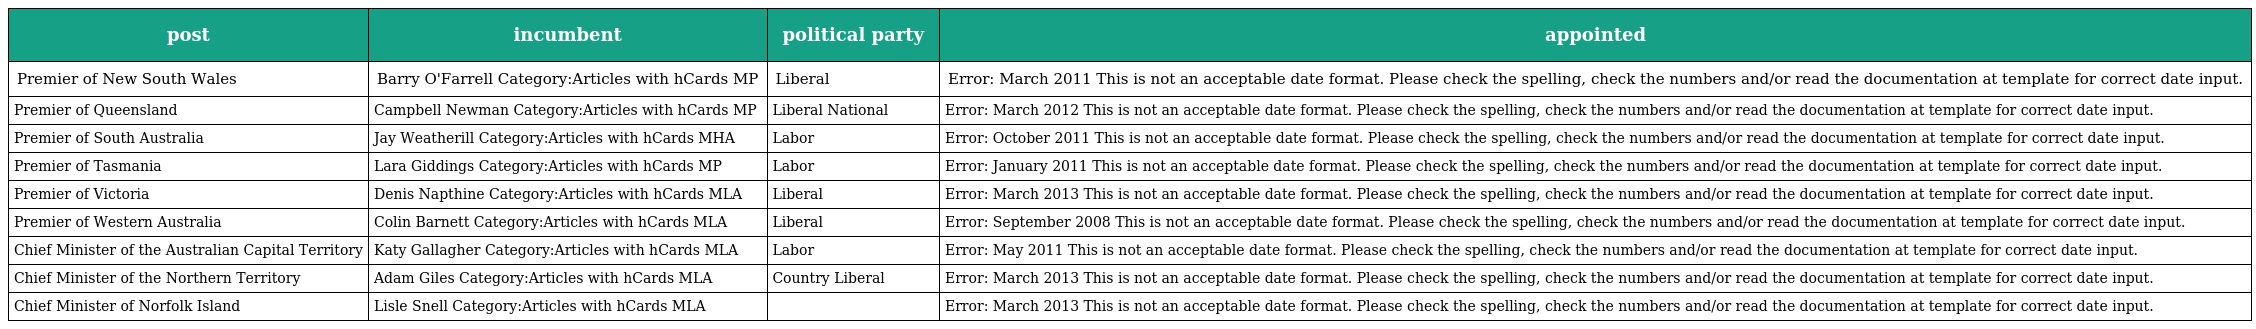
| post | incumbent | political party | appointed |
 | --- | --- | --- | --- |
 | Premier of New South Wales | Barry O'Farrell Category:Articles with hCards MP | Liberal | Error: March 2011 This is not an acceptable date format. Please check the spelling, check the numbers and/or read the documentation at template for correct date input. |
 | Premier of Queensland | Campbell Newman Category:Articles with hCards MP | Liberal National | Error: March 2012 This is not an acceptable date format. Please check the spelling, check the numbers and/or read the documentation at template for correct date input. |
 | Premier of South Australia | Jay Weatherill Category:Articles with hCards MHA | Labor | Error: October 2011 This is not an acceptable date format. Please check the spelling, check the numbers and/or read the documentation at template for correct date input. |
 | Premier of Tasmania | Lara Giddings Category:Articles with hCards MP | Labor | Error: January 2011 This is not an acceptable date format. Please check the spelling, check the numbers and/or read the documentation at template for correct date input. |
 | Premier of Victoria | Denis Napthine Category:Articles with hCards MLA | Liberal | Error: March 2013 This is not an acceptable date format. Please check the spelling, check the numbers and/or read the documentation at template for correct date input. |
 | Premier of Western Australia | Colin Barnett Category:Articles with hCards MLA | Liberal | Error: September 2008 This is not an acceptable date format. Please check the spelling, check the numbers and/or read the documentation at template for correct date input. |
 | Chief Minister of the Australian Capital Territory | Katy Gallagher Category:Articles with hCards MLA | Labor | Error: May 2011 This is not an acceptable date format. Please check the spelling, check the numbers and/or read the documentation at template for correct date input. |
 | Chief Minister of the Northern Territory | Adam Giles Category:Articles with hCards MLA | Country Liberal | Error: March 2013 This is not an acceptable date format. Please check the spelling, check the numbers and/or read the documentation at template for correct date input. |
 | Chief Minister of Norfolk Island | Lisle Snell Category:Articles with hCards MLA |  | Error: March 2013 This is not an acceptable date format. Please check the spelling, check the numbers and/or read the documentation at template for correct date input. |